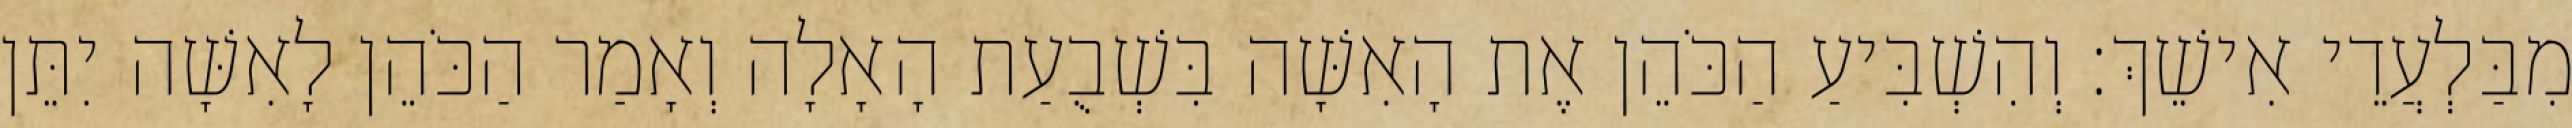
מִבַּלְעֲדֵי אִישֵׁךְ׃ וְהִשְׁבִּיעַ הַכֹּהֵן אֶת הָאִשָּׁה בִּשְׁבֻעַת הָאָלָה וְאָמַר הַכֹּהֵן לָאִשָּׁה יִתֵּן